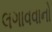
લગાવવાનો